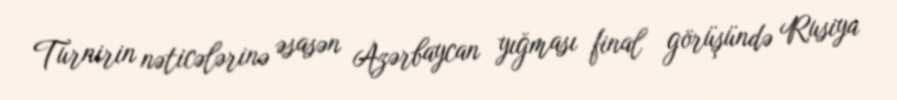
Turnirin nəticələrinə əsasən Azərbaycan yığması final görüşündə Rusiya